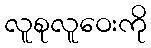
လူစုလူဝေးကို